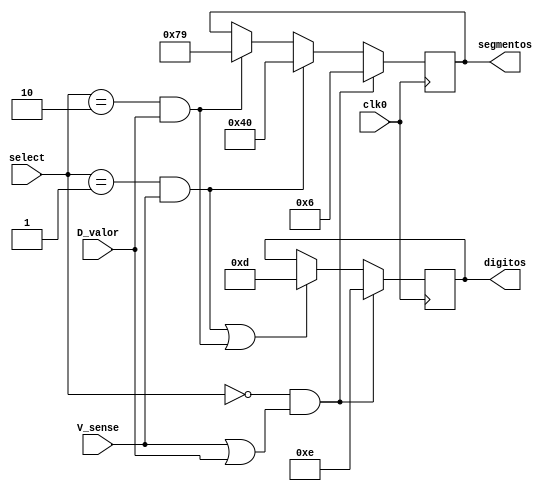
module Display_Erro(
  input clk0,                // Entrada de clock
  input V_sense,             // Entrada para verificar a sensibilidade V
  input D_valor,             // Entrada do valor D
  input [2:0] select,        // Entrada de seleo
  output reg [3:0] digitos,  // Sada para os dgitos (registrador)
  output reg [6:0] segmentos // Sada para os segmentos (registrador)
);

  wire [2:0] and_gates;  // Fios (wires) para as portas AND
  wire or_gate;          // Fio (wire) para a porta OR

  // Lgica para atribuir valores s portas AND
  assign and_gates[0] = select == 3'b000 & (V_sense | D_valor);
  assign and_gates[1] = select == 3'b001 & V_sense;
  assign and_gates[2] = select == 3'b010 & D_valor;
  
  // Lgica para atribuir valor  porta OR
  assign or_gate = and_gates[0] | and_gates[1] | and_gates[2];

  always @(posedge clk0) begin
    // Lgica para atribuir valores aos dgitos com base nas portas AND
    digitos <= (and_gates[0]) ? 4'b1110 : (and_gates[1] | and_gates[2]) ? 4'b1101 : digitos;
    
    // Lgica para atribuir valores aos segmentos com base nas portas AND
    segmentos <= (and_gates[0]) ? 7'b0000110 : (and_gates[1]) ? 7'b1000000 : (and_gates[2]) ? 7'b1111001 : segmentos;
  end

endmodule